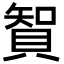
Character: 䝷